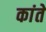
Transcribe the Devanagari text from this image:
कांते